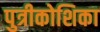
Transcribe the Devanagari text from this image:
पुत्रीकोशिका